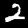
Digit: 2